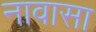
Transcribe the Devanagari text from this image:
नावासा